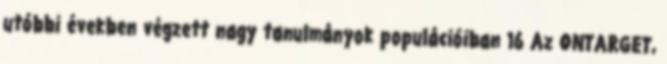
utóbbi években végzett nagy tanulmányok populációiban 16 Az ONTARGET,